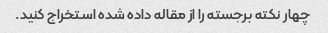
چهار نکته برجسته را از مقاله داده شده استخراج کنید.